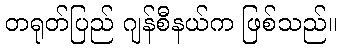
တရုတ်ပြည် ဂျန်စီနယ်က ဖြစ်သည်။